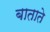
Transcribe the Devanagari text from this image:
बाताते